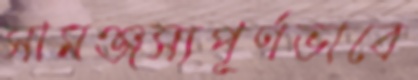
সামঞ্জস্যপূর্ণভাবে